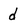
Character: d